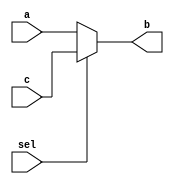
module mux1(input a, c, sel, output b);
  assign b = sel ? c : a;
endmodule